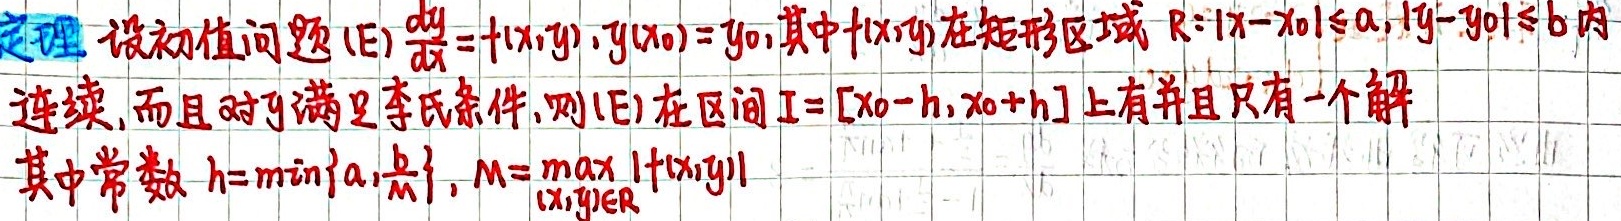
**定理** 设初值问题(E) \(\frac{dy}{dx}=f(x,y)\)，\(y(x_{0}) = y_{0}\)，其中\(f(x,y)\)在矩形区域 \(R:\vert x - x_{0}\vert\leq a,\vert y - y_{0}\vert\leq b\)内
连续，而且对\(y\)满足李氏条件，则(E)在区间\(I = [x_{0}-h,x_{0}+h]\)上有并且只有一个解
其中常数 \(h = \min\{a,\frac{b}{M}\}\)，\(M=\max_{(x,y)\in R}\vert f(x,y)\vert\)